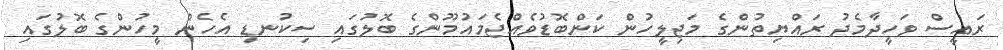
ރައީސް ވަހީދާމެދު ރައްޔިތުންގެ މަޖިލީހުން ކަންބޮޑުވެއްޖެމައުމޫންގެ ބޮލުގައި ސިކުނޑި އެހެން މީހުންގެ ބޮލުގައި